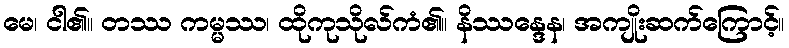
မေ၊ ငါ၏။ တဿ ကမ္မဿ၊ ထိုကုသိုလ်ကံ၏။ နိဿန္ဒေန၊ အကျိုးဆက်ကြောင့်။